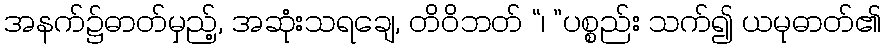
အနက်၌ဓာတ်မှည့်, အဆုံးသရချေ, တိဝိဘတ် “၊ ”ပစ္စည်း သက်၍ ယမုဓာတ်၏